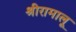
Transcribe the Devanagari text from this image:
श्रीरामालू